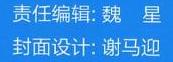
责任编辑: 魏 星
封面设计: 谢马迎